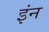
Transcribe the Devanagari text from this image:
इंन